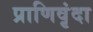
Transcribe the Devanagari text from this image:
प्राणिवृंदा